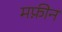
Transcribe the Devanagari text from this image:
मफ़ीन